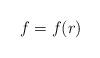
LaTeX: \begin{align*}f=f(r)\end{align*}